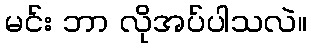
မင်း ဘာ လိုအပ်ပါသလဲ။